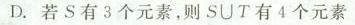
D.若S有3个元素，则S\cup T有4个元素